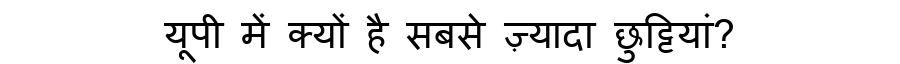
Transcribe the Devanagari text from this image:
यूपी में क्यों है सबसे ज़्यादा छुट्टियां?